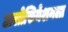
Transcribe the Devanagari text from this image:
असोसियेशनला